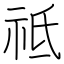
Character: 祗